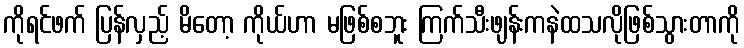
ကိုရင်ဖက် ပြန်လှည့် မိတော့ ကိုယ်ဟာ မဖြစ်စဘူး ကြက်သီးဖျန်းကနဲထသလိုဖြစ်သွားတာကို